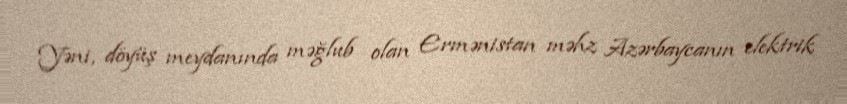
Yəni, döyüş meydanında məğlub olan Ermənistan məhz Azərbaycanın elektrik